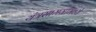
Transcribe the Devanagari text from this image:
यंत्रसामग्रीमध्ये